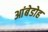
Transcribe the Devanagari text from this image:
आंबेडोह